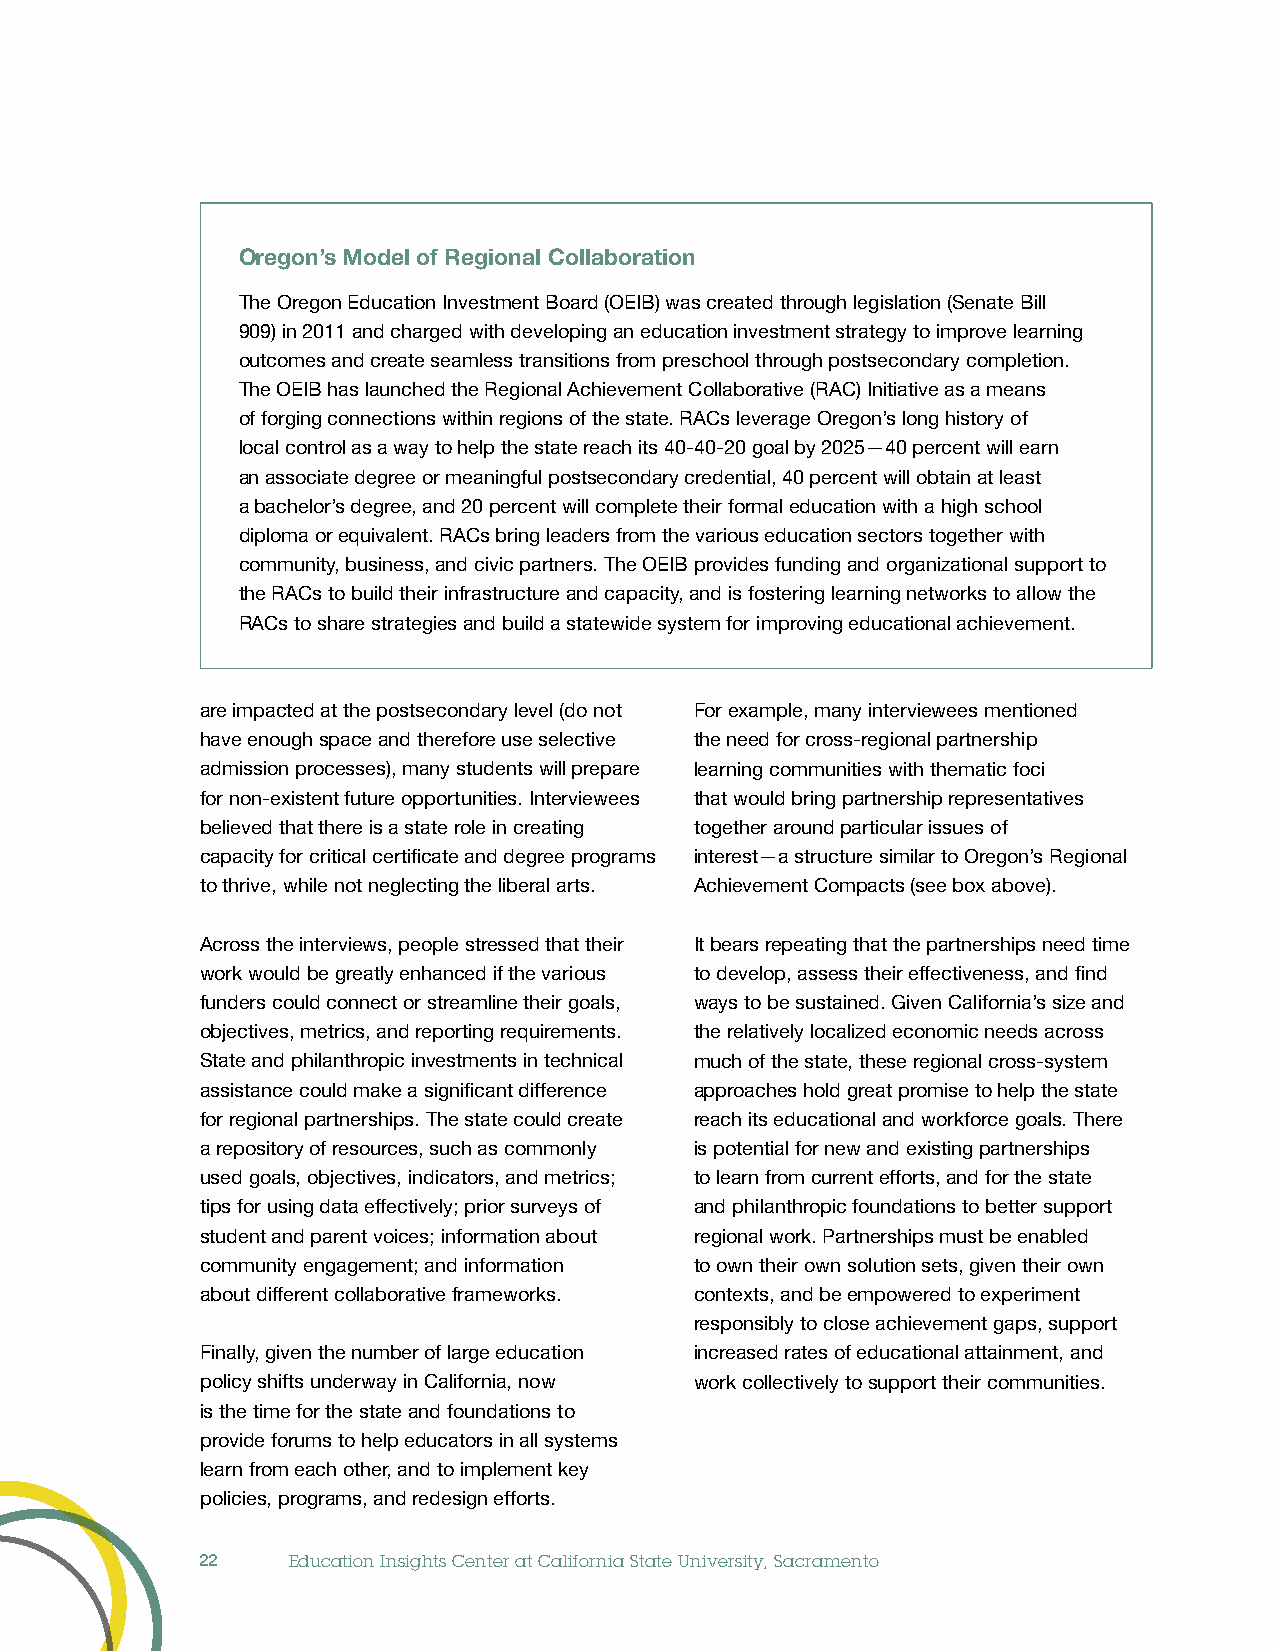
Oregon’s Model of Regional Collaboration
 The Oregon Education Investment Board (OEIB) was created through legislation (Senate Bill
 909) in 2011 and charged with developing an education investment strategy to improve learning
 outcomes and create seamless transitions from preschool through postsecondary completion.
 The OEIB has launched the Regional Achievement Collaborative (RAC) Initiative as a means
 of forging connections within regions of the state. RACs leverage Oregon’s long history of
 local control as a way to help the state reach its 40-40-20 goal by 2025—40 percent will earn
 an associate degree or meaningful postsecondary credential, 40 percent will obtain at least
 a bachelor’s degree, and 20 percent will complete their formal education with a high school
 diploma or equivalent. RACs bring leaders from the various education sectors together with
 community, business, and civic partners. The OEIB provides funding and organizational support to
 the RACs to build their infrastructure and capacity, and is fostering learning networks to allow the
 RACs to share strategies and build a statewide system for improving educational achievement.
 are impacted at the postsecondary level (do not For example, many interviewees mentioned
 have enough space and therefore use selective the need for cross-regional partnership
 admission processes), many students will prepare learning communities with thematic foci
 for non-existent future opportunities. Interviewees that would bring partnership representatives
 believed that there is a state role in creating together around particular issues of
 capacity for critical certificate and degree programs interest—a structure similar to Oregon’s Regional
 to thrive, while not neglecting the liberal arts. Achievement Compacts (see box above).
 Across the interviews, people stressed that their It bears repeating that the partnerships need time
 work would be greatly enhanced if the various to develop, assess their effectiveness, and find
 funders could connect or streamline their goals, ways to be sustained. Given California’s size and
 objectives, metrics, and reporting requirements. the relatively localized economic needs across
 State and philanthropic investments in technical much of the state, these regional cross-system
 assistance could make a significant difference approaches hold great promise to help the state
 for regional partnerships. The state could create reach its educational and workforce goals. There
 a repository of resources, such as commonly is potential for new and existing partnerships
 used goals, objectives, indicators, and metrics; to learn from current efforts, and for the state
 tips for using data effectively; prior surveys of and philanthropic foundations to better support
 student and parent voices; information about regional work. Partnerships must be enabled
 community engagement; and information to own their own solution sets, given their own
 about different collaborative frameworks. contexts, and be empowered to experiment
 responsibly to close achievement gaps, support
 Finally, given the number of large education increased rates of educational attainment, and
 policy shifts underway in California, now work collectively to support their communities.
 is the time for the state and foundations to
 provide forums to help educators in all systems
 learn from each other, and to implement key
 policies, programs, and redesign efforts.
 22    Education Insights Center at California State University, Sacramento